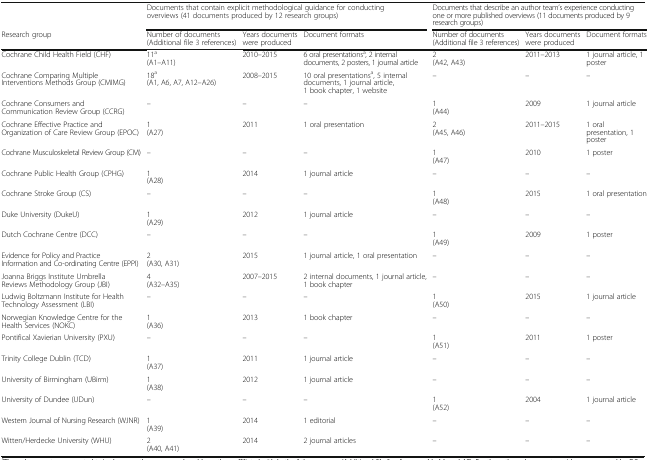
<table><thead><tr><td></td><td colspan="3"><b>Documents that contain explicit methodological guidance for conducting overviews (41 documents produced by 12 research groups)</b></td><td colspan="3"><b>Documents that describe an author team’s experience conducting one or more published overviews (11 documents produced by 9 research groups)</b></td></tr><tr><td><b>Research group</b></td><td><b>Number of documents (Additional file 3 references)</b></td><td><b>Years documents were produced</b></td><td><b>Document formats</b></td><td><b>Number of documents (Additional file 3 references)</b></td><td><b>Years documents were produced</b></td><td><b>Document formats</b></td></tr></thead><tbody><tr><td>Cochrane Child Health Field (CHF)</td><td>11<sup>a</sup>(A1–A11)</td><td>2010–2015</td><td>6 oral presentations<sup>a</sup>, 2 internal documents, 2 posters, 1 journal article</td><td>2(A42, A43)</td><td>2011–2013</td><td>1 journal article, 1 poster</td></tr><tr><td>Cochrane Comparing Multiple Interventions Methods Group (CMIMG)</td><td>18<sup>a</sup>(A1, A6, A7, A12–A26)</td><td>2008–2015</td><td>10 oral presentations<sup>a</sup>, 5 internal documents, 1 journal article, 1 book chapter, 1 website</td><td>–</td><td>–</td><td>–</td></tr><tr><td>Cochrane Consumers and Communication Review Group (CCRG)</td><td>–</td><td>–</td><td>–</td><td>1(A44)</td><td>2009</td><td>1 journal article</td></tr><tr><td>Cochrane Effective Practice and Organization of Care Review Group (EPOC)</td><td>1(A27)</td><td>2011</td><td>1 oral presentation</td><td>2(A45, A46)</td><td>2011–2015</td><td>1 oral presentation, 1 poster</td></tr><tr><td>Cochrane Musculoskeletal Review Group (CM)</td><td>–</td><td>–</td><td>–</td><td>1(A47)</td><td>2010</td><td>1 poster</td></tr><tr><td>Cochrane Public Health Group (CPHG)</td><td>1(A28)</td><td>2014</td><td>1 journal article</td><td>–</td><td>–</td><td>–</td></tr><tr><td>Cochrane Stroke Group (CS)</td><td>–</td><td>–</td><td>–</td><td>1(A48)</td><td>2015</td><td>1 oral presentation</td></tr><tr><td>Duke University (DukeU)</td><td>1(A29)</td><td>2012</td><td>1 journal article</td><td>–</td><td>–</td><td>–</td></tr><tr><td>Dutch Cochrane Centre (DCC)</td><td>–</td><td>–</td><td>–</td><td>1(A49)</td><td>2009</td><td>1 poster</td></tr><tr><td>Evidence for Policy and Practice Information and Co-ordinating Centre (EPPI)</td><td>2(A30, A31)</td><td>2015</td><td>1 journal article, 1 oral presentation</td><td>–</td><td>–</td><td>–</td></tr><tr><td>Joanna Briggs Institute Umbrella Reviews Methodology Group (JBI)</td><td>4(A32–A35)</td><td>2007–2015</td><td>2 internal documents, 1 journal article, 1 book chapter</td><td>–</td><td>–</td><td>–</td></tr><tr><td>Ludwig Boltzmann Institute for Health Technology Assessment (LBI)</td><td>–</td><td>–</td><td>–</td><td>1(A50)</td><td>2015</td><td>1 journal article</td></tr><tr><td>Norwegian Knowledge Centre for the Health Services (NOKC)</td><td>1(A36)</td><td>2013</td><td>1 book chapter</td><td>–</td><td>–</td><td>–</td></tr><tr><td>Pontifical Xavierian University (PXU)</td><td>–</td><td>–</td><td>–</td><td>1(A51)</td><td>2011</td><td>1 poster</td></tr><tr><td>Trinity College Dublin (TCD)</td><td>1(A37)</td><td>2011</td><td>1 journal article</td><td>–</td><td>–</td><td>–</td></tr><tr><td>University of Birmingham (UBirm)</td><td>1(A38)</td><td>2012</td><td>1 journal article</td><td>–</td><td>–</td><td>–</td></tr><tr><td>University of Dundee (UDun)</td><td>–</td><td>–</td><td>–</td><td>1(A52)</td><td>2004</td><td>1 journal article</td></tr><tr><td>Western Journal of Nursing Research (WJNR)</td><td>1(A39)</td><td>2014</td><td>1 editorial</td><td>–</td><td>–</td><td>–</td></tr><tr><td>Witten/Herdecke University (WHU)</td><td>2(A40, A41)</td><td>2014</td><td>2 journal articles</td><td>–</td><td>–</td><td>–</td></tr></tbody></table>